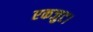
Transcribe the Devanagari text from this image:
एकजुट।